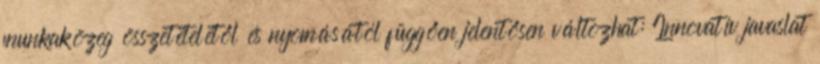
munkaközeg összetételétől és nyomásától függően jelentősen változhat: Innovatív javaslat